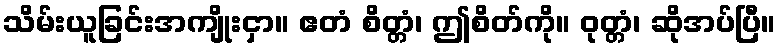
သိမ်းယူခြင်းအကျိုးငှာ။ ဧတံ စိတ္တံ၊ ဤစိတ်ကို။ ဝုတ္တံ၊ ဆိုအပ်ပြီ။